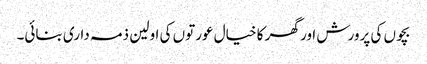
بچوں کی پرورش اور گھر کا خیال عورتوں کی اولین ذمہ داری بنائی۔